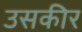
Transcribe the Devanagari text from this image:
उसकीर